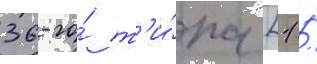
36-го́ т'и́па [1 /